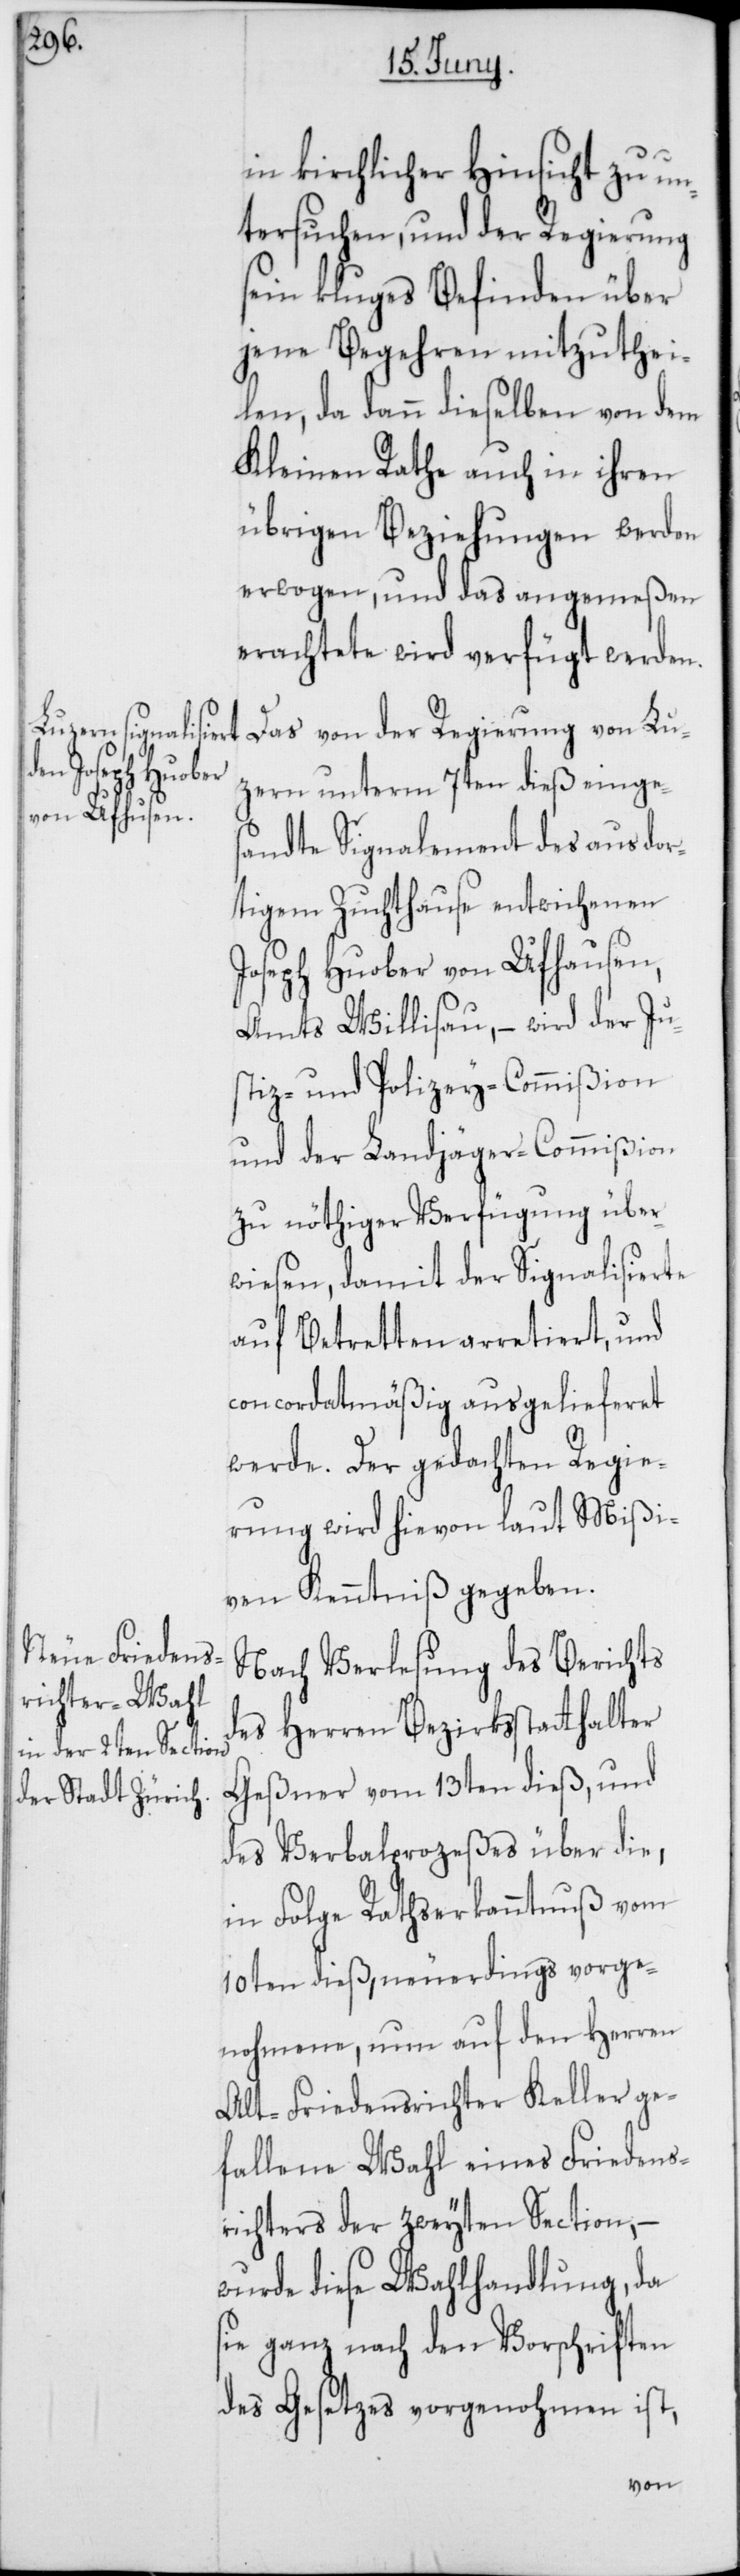
in kirchlicher Hinsicht zu un¬
tersuchen, und der Regierung
sein kluges Befinden über
jene Begehren mitzuthei¬
len, da dann dieselben von dem
Kleinen Rathe auch in ihren
übrigen Beziehungen werden
erwogen, und das angemeßen
Erachtete wird verfügt werden.
Das von der Regierung von Lu¬
zern unterm 7ten dieß einges¬
andte Signalement des aus dor¬
tigem Zuchthause entwichenen
Joseph Huober von Ufhusen,
Amts Willisau, – wird der Ju¬
stiz- und Polizey-Commißion
und der Landjäger-Commißion
zu nöthiger Verfügung über¬
wiesen, damit der Signalisierte
auf Betretten arretiert, und
concordatmäßig ausgelieferet
werde. Der gedachten Regie¬
rung wird hievon laut Mißi¬
ven Kenntniß gegeben.
Nach Verlesung des Berichts
des Herren Bezirksstatthalter
Geßner vom 13ten dieß, und
des Verbalprozeßes über die,
in Folge Rathserkanntnus vom
10ten dieß, neuerdings vorge¬
nohmene, nun auf den Herren
Alt-Friedensrichter Keller ge¬
fallene Wahl eines Friedens¬
richters der zweyten Section, –
wurde diese Wahlhandlung, da
sie ganz nach den Vorschriften
des Gesetzes vorgenohmen ist,